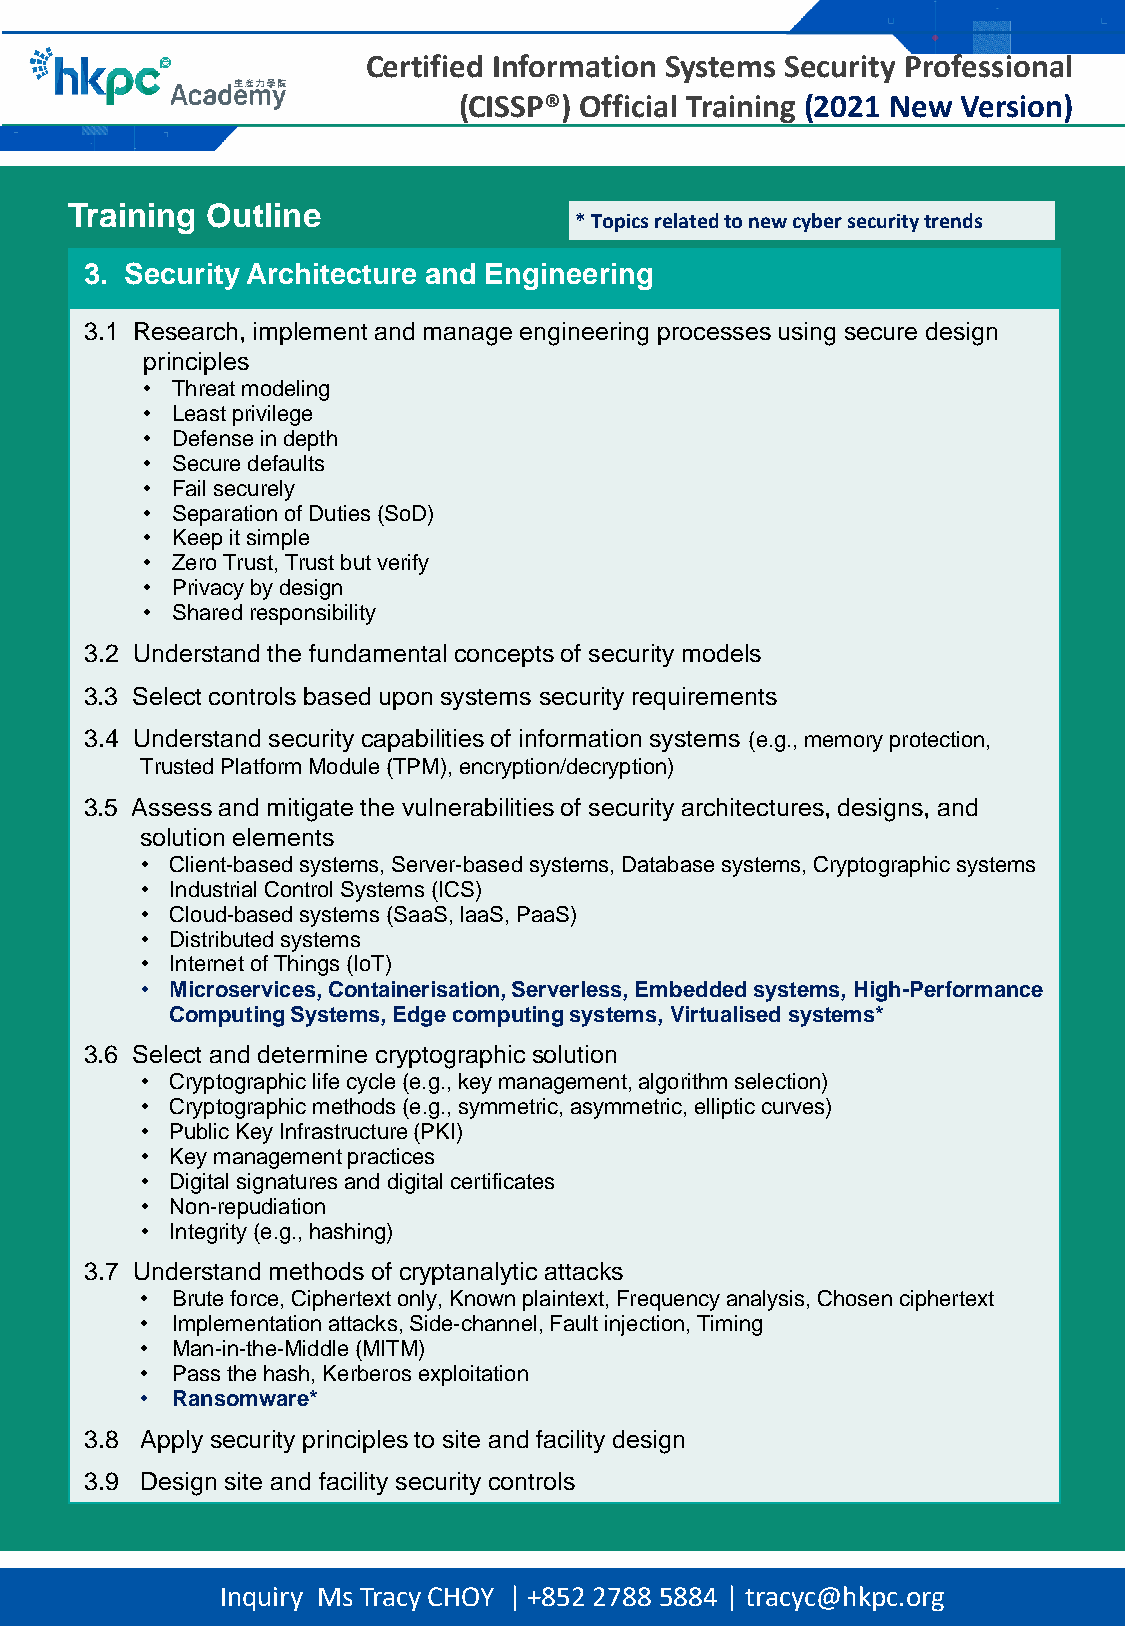
Certified Information Systems Security Professional
 (CISSP®) Official Training (2021 New Version)
 Training  Outline
 * Topics related to new cyber security trends
 3. Security Architecture and Engineering
 3.1 Research, implement and manage engineering processes using secure design
 principles
 • Threat modeling
 • Least privilege
 • Defense in depth
 • Secure defaults
 • Fail securely
 • Separation of Duties (SoD)
 • Keep it simple
 • Zero Trust, Trust but verify
 • Privacy by design
 • Shared responsibility
 3.2 Understand the fundamental concepts of security models
 3.3 Select controls based upon systems security requirements
 3.4 Understand security capabilities of information systems (e.g., memory protection,
 Trusted Platform Module (TPM), encryption/decryption)
 3.5 Assess and mitigate the vulnerabilities of security architectures, designs, and
 solution elements
 • Client-based systems, Server-based systems, Database systems, Cryptographic systems
 • Industrial Control Systems (ICS)
 • Cloud-based systems (SaaS, IaaS,PaaS)
 • Distributed systems
 • Internet of Things (IoT)
 • Microservices, Containerisation, Serverless, Embeddedsystems, High-Performance
 Computing Systems, Edge computing systems, Virtualisedsystems*
 3.6 Select and determine cryptographic solution
 • Cryptographic life cycle (e.g., key management, algorithm selection)
 • Cryptographic methods (e.g., symmetric, asymmetric, elliptic curves)
 • Public Key Infrastructure (PKI)
 • Key management practices
 • Digital signatures and digitalcertificates
 • Non-repudiation
 • Integrity (e.g., hashing)
 3.7 Understand methods of cryptanalytic attacks
 • Brute force, Ciphertext only, Known plaintext, Frequency analysis, Chosen ciphertext
 • Implementation attacks, Side-channel, Fault injection, Timing
 • Man-in-the-Middle (MITM)
 • Pass the hash, Kerberos exploitation
 • Ransomware*
 3.8 Apply security principles to site and facility design
 3.9 Design site and facility security controls
 Inquiry Ms Tracy CHOY | +852 2788 5884 | tracyc@hkpc.org